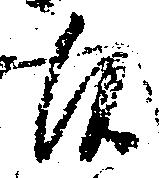
候